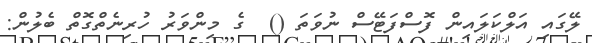
ލޭގައި އަލްކަލައިން ފޮސްފަޓޭސް ނުވަތަ ()  ގެ މިންވަރު ހުރިނެތްގޮތް ބެލުން: